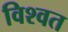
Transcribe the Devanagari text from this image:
विश्‍वत